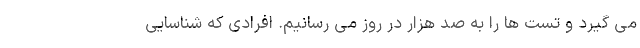
می گیرد و تست ها را به صد هزار در روز می رسانیم. افرادی که شناسایی